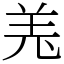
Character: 𦍑